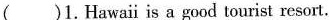
( )1.Hawaii is a good tourist resort.